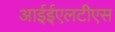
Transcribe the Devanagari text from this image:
आईईएलटीएस